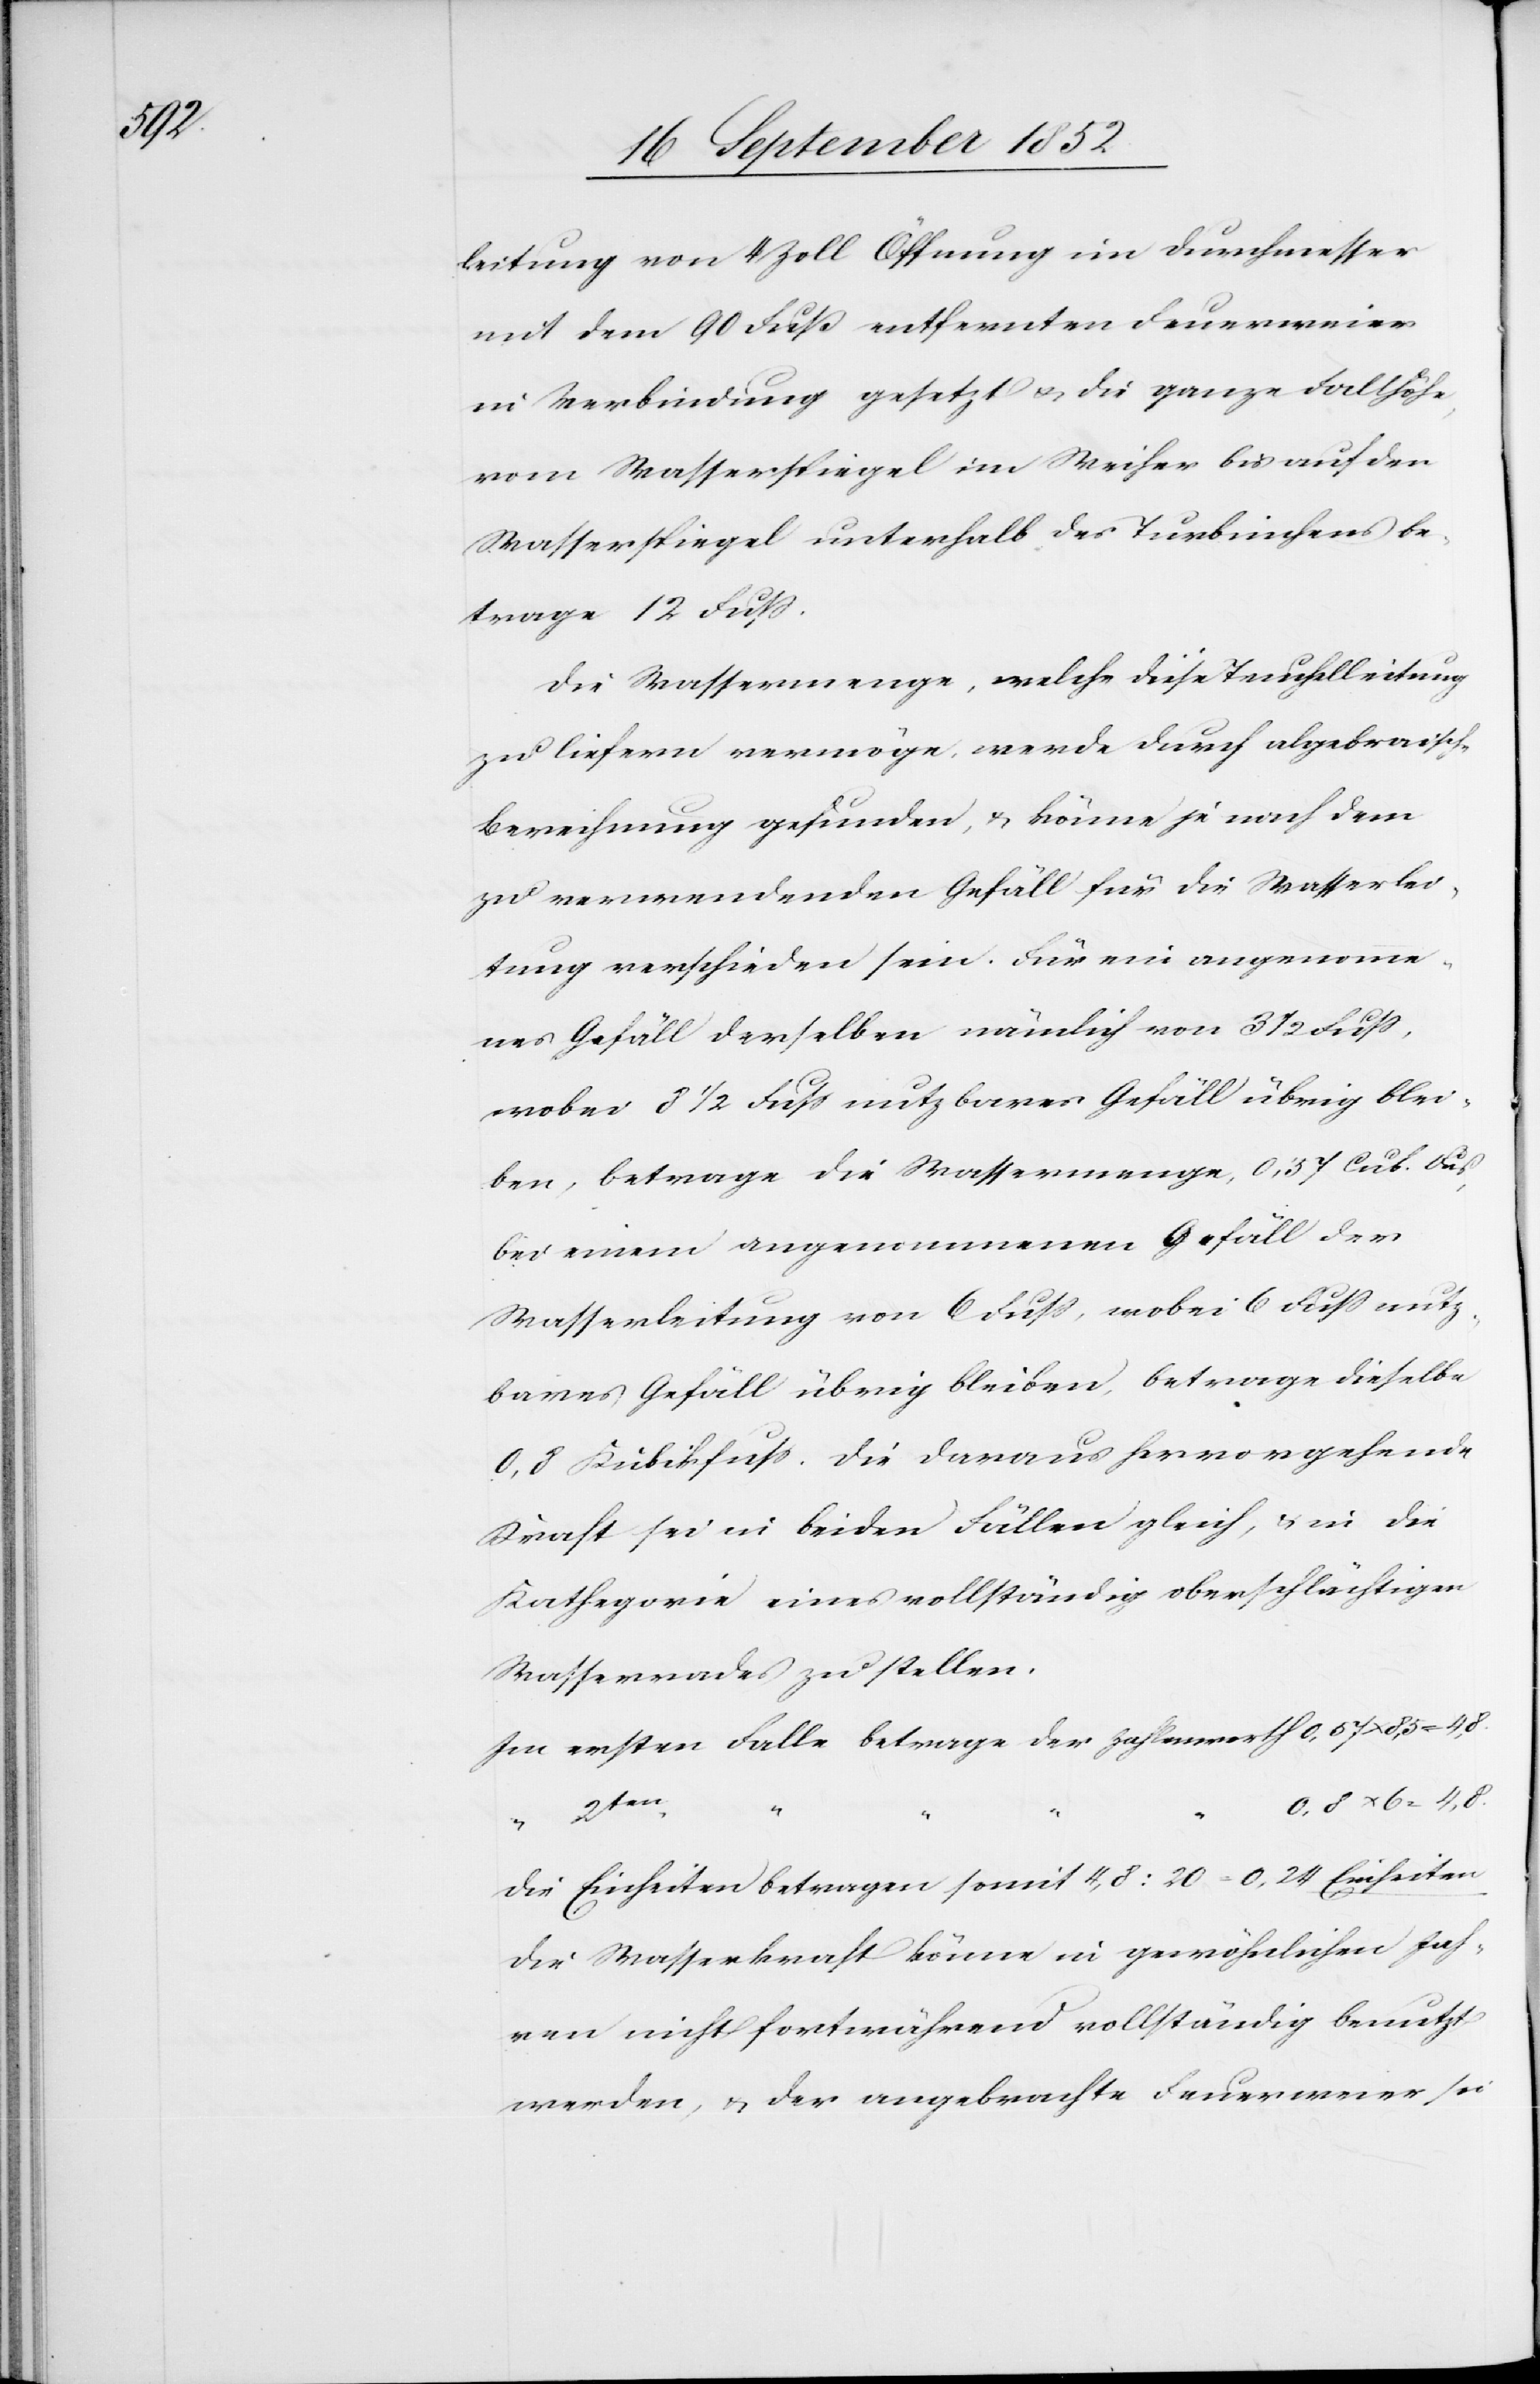
4,8.

leitung von 4 Zoll Öffnung im Durchmesser
mit dem 90 Fuß entfernten Feuerweier
in Verbindung gesetzt & die ganze Fallhöhe,
vom Wasserspiegel im Weiher bis auf den
Wasserspiegel unterhalb des Turbinchens be¬
trage 12 Fuss.
Die Wassermenge, welche diese Teuchelleitung
zu liefern vermöge, werde durch algebraische
Berechnung gefunden, & könne je nach dem
zu verwendenden Gefäll für die Wasserlei¬
tung verschieden sein. Für ein angenomme¬
nes Gefäll derselben nämlich von 3 1/2 Fuss,
wobei 8 1/2 Fuss nutzbares Gefäll übrig blei¬
ben, betrage die Wassermenge, 0,57 Cub. Fus[s],
bei einem angenommenen Gefäll der
Wasserleitung von 6 Fuss, wobei 6 Fuss nutz¬
bares Gefäll übrig bleiben, betrage dieselbe
0,8 Kubikfuss. Die daraus hervorgehende
Kraft sei in beiden Fällen gleich, & in die
Kathegorie eines vollständig oberschlächtigen
Wasserrades zu stellen.
Im erstern Falle betrage der Zahlenwerth
2ten
0,8 x 6 = 4,8.
Die Einheiten betragen somit 4,8 : 20 = 0,24 Einheiten
die Wasserkraft könne in gewöhnlichen Jah¬
ren nicht fortwährend vollständig benutzt
werden, & der angebrachte Feuerweier sei